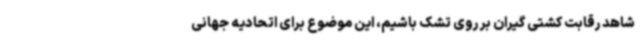
شاهد رقابت کشتی گیران بر روی تشک باشیم، این موضوع برای اتحادیه جهانی